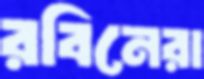
রবিনেরা